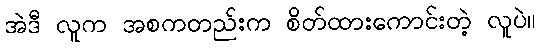
အဲဒီ လူက အစကတည်းက စိတ်ထားကောင်းတဲ့ လူပဲ။